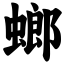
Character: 螂